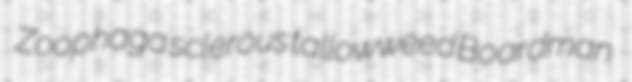
Zoophaga sclerous tallowweed Boardman